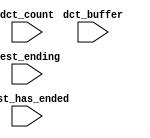
module DE0_NANO_SOC_QSYS_nios2_qsys_oci_test_bench (
                                                     // inputs:
                                                      dct_buffer,
                                                      dct_count,
                                                      test_ending,
                                                      test_has_ended
                                                   )
;

  input   [ 29: 0] dct_buffer;
  input   [  3: 0] dct_count;
  input            test_ending;
  input            test_has_ended;


endmodule